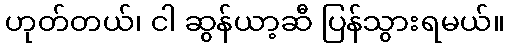
ဟုတ်တယ်၊ ငါ ဆွန်ယာ့ဆီ ပြန်သွားရမယ်။